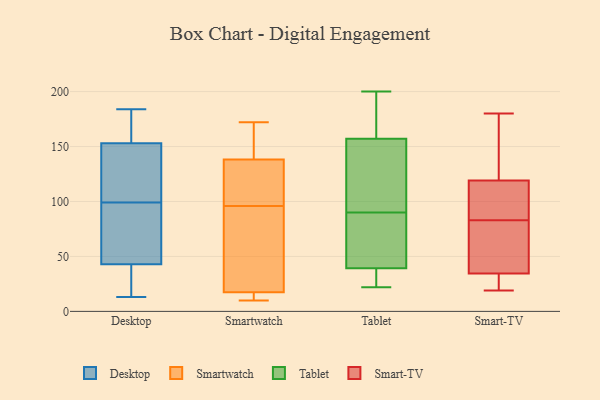
{"axis": {"x": "Gross Profit (USD K)", "y": "Value"}, "legend": ["Desktop", "Smart-TV", "Smartwatch", "Tablet"], "data": [{"x": "", "y": 15, "type": "Desktop"}, {"x": "", "y": 43, "type": "Desktop"}, {"x": "", "y": 153, "type": "Desktop"}, {"x": "", "y": 160, "type": "Desktop"}, {"x": "", "y": 184, "type": "Desktop"}, {"x": "", "y": 85, "type": "Desktop"}, {"x": "", "y": 45, "type": "Desktop"}, {"x": "", "y": 176, "type": "Desktop"}, {"x": "", "y": 113, "type": "Desktop"}, {"x": "", "y": 62, "type": "Desktop"}, {"x": "", "y": 139, "type": "Desktop"}, {"x": "", "y": 13, "type": "Desktop"}, {"x": "", "y": 113, "type": "Desktop"}, {"x": "", "y": 25, "type": "Desktop"}, {"x": "", "y": 18, "type": "Desktop"}, {"x": "", "y": 54, "type": "Desktop"}, {"x": "", "y": 183, "type": "Desktop"}, {"x": "", "y": 131, "type": "Desktop"}, {"x": "", "y": 172, "type": "Smartwatch"}, {"x": "", "y": 12, "type": "Smartwatch"}, {"x": "", "y": 150, "type": "Smartwatch"}, {"x": "", "y": 96, "type": "Smartwatch"}, {"x": "", "y": 139, "type": "Smartwatch"}, {"x": "", "y": 136, "type": "Smartwatch"}, {"x": "", "y": 10, "type": "Smartwatch"}, {"x": "", "y": 16, "type": "Smartwatch"}, {"x": "", "y": 47, "type": "Smartwatch"}, {"x": "", "y": 22, "type": "Smartwatch"}, {"x": "", "y": 104, "type": "Smartwatch"}, {"x": "", "y": 185, "type": "Tablet"}, {"x": "", "y": 181, "type": "Tablet"}, {"x": "", "y": 112, "type": "Tablet"}, {"x": "", "y": 54, "type": "Tablet"}, {"x": "", "y": 33, "type": "Tablet"}, {"x": "", "y": 111, "type": "Tablet"}, {"x": "", "y": 22, "type": "Tablet"}, {"x": "", "y": 73, "type": "Tablet"}, {"x": "", "y": 200, "type": "Tablet"}, {"x": "", "y": 46, "type": "Tablet"}, {"x": "", "y": 26, "type": "Tablet"}, {"x": "", "y": 105, "type": "Tablet"}, {"x": "", "y": 28, "type": "Tablet"}, {"x": "", "y": 43, "type": "Tablet"}, {"x": "", "y": 108, "type": "Tablet"}, {"x": "", "y": 191, "type": "Tablet"}, {"x": "", "y": 172, "type": "Tablet"}, {"x": "", "y": 90, "type": "Tablet"}, {"x": "", "y": 38, "type": "Tablet"}, {"x": "", "y": 180, "type": "Smart-TV"}, {"x": "", "y": 21, "type": "Smart-TV"}, {"x": "", "y": 77, "type": "Smart-TV"}, {"x": "", "y": 30, "type": "Smart-TV"}, {"x": "", "y": 118, "type": "Smart-TV"}, {"x": "", "y": 83, "type": "Smart-TV"}, {"x": "", "y": 72, "type": "Smart-TV"}, {"x": "", "y": 19, "type": "Smart-TV"}, {"x": "", "y": 36, "type": "Smart-TV"}, {"x": "", "y": 91, "type": "Smart-TV"}, {"x": "", "y": 160, "type": "Smart-TV"}, {"x": "", "y": 91, "type": "Smart-TV"}, {"x": "", "y": 122, "type": "Smart-TV"}]}